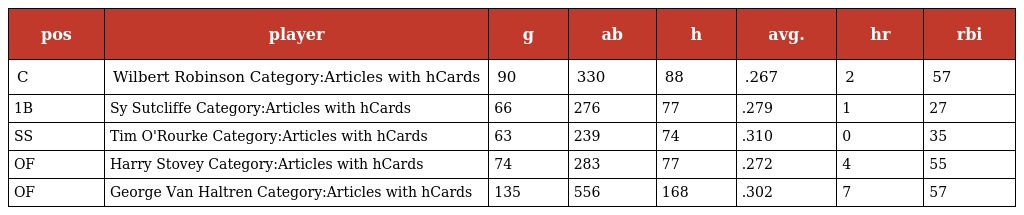
| pos | player | g | ab | h | avg. | hr | rbi |
 | --- | --- | --- | --- | --- | --- | --- | --- |
 | C | Wilbert Robinson Category:Articles with hCards | 90 | 330 | 88 | .267 | 2 | 57 |
 | 1B | Sy Sutcliffe Category:Articles with hCards | 66 | 276 | 77 | .279 | 1 | 27 |
 | SS | Tim O'Rourke Category:Articles with hCards | 63 | 239 | 74 | .310 | 0 | 35 |
 | OF | Harry Stovey Category:Articles with hCards | 74 | 283 | 77 | .272 | 4 | 55 |
 | OF | George Van Haltren Category:Articles with hCards | 135 | 556 | 168 | .302 | 7 | 57 |